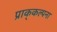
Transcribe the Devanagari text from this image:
प्राक्‌कल्पना